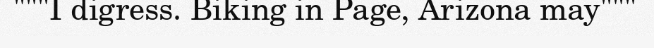
"""I digress. Biking in Page, Arizona may"""